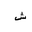
Letter: _shin